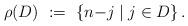
LaTeX: \begin{align*} \rho(D)\ :=\ \{n{-}j\mid j\in D\}\,. \end{align*}